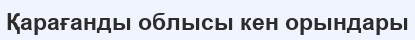
Қарағанды облысы кен орындары